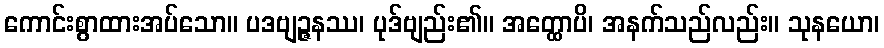
ကောင်းစွာထားအပ်သော။ ပဒဗျဉ္ဇနဿ၊ ပုဒ်ဗျည်း၏။ အတ္ထောပိ၊ အနက်သည်လည်း။ သုနယော၊